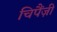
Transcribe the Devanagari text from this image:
चिपैंज़ी